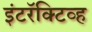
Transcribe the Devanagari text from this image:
इंटरॅक्टिव्ह